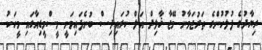
ރިޔާދުގެ ފުލުހުންގެ ތަރުޖަމާނު މޭޖާ ޚާލިދް އަލް ކުރައިދިސް ބުނެފައިވަނީ މީސްމީޑިއާގައި މީހަކު